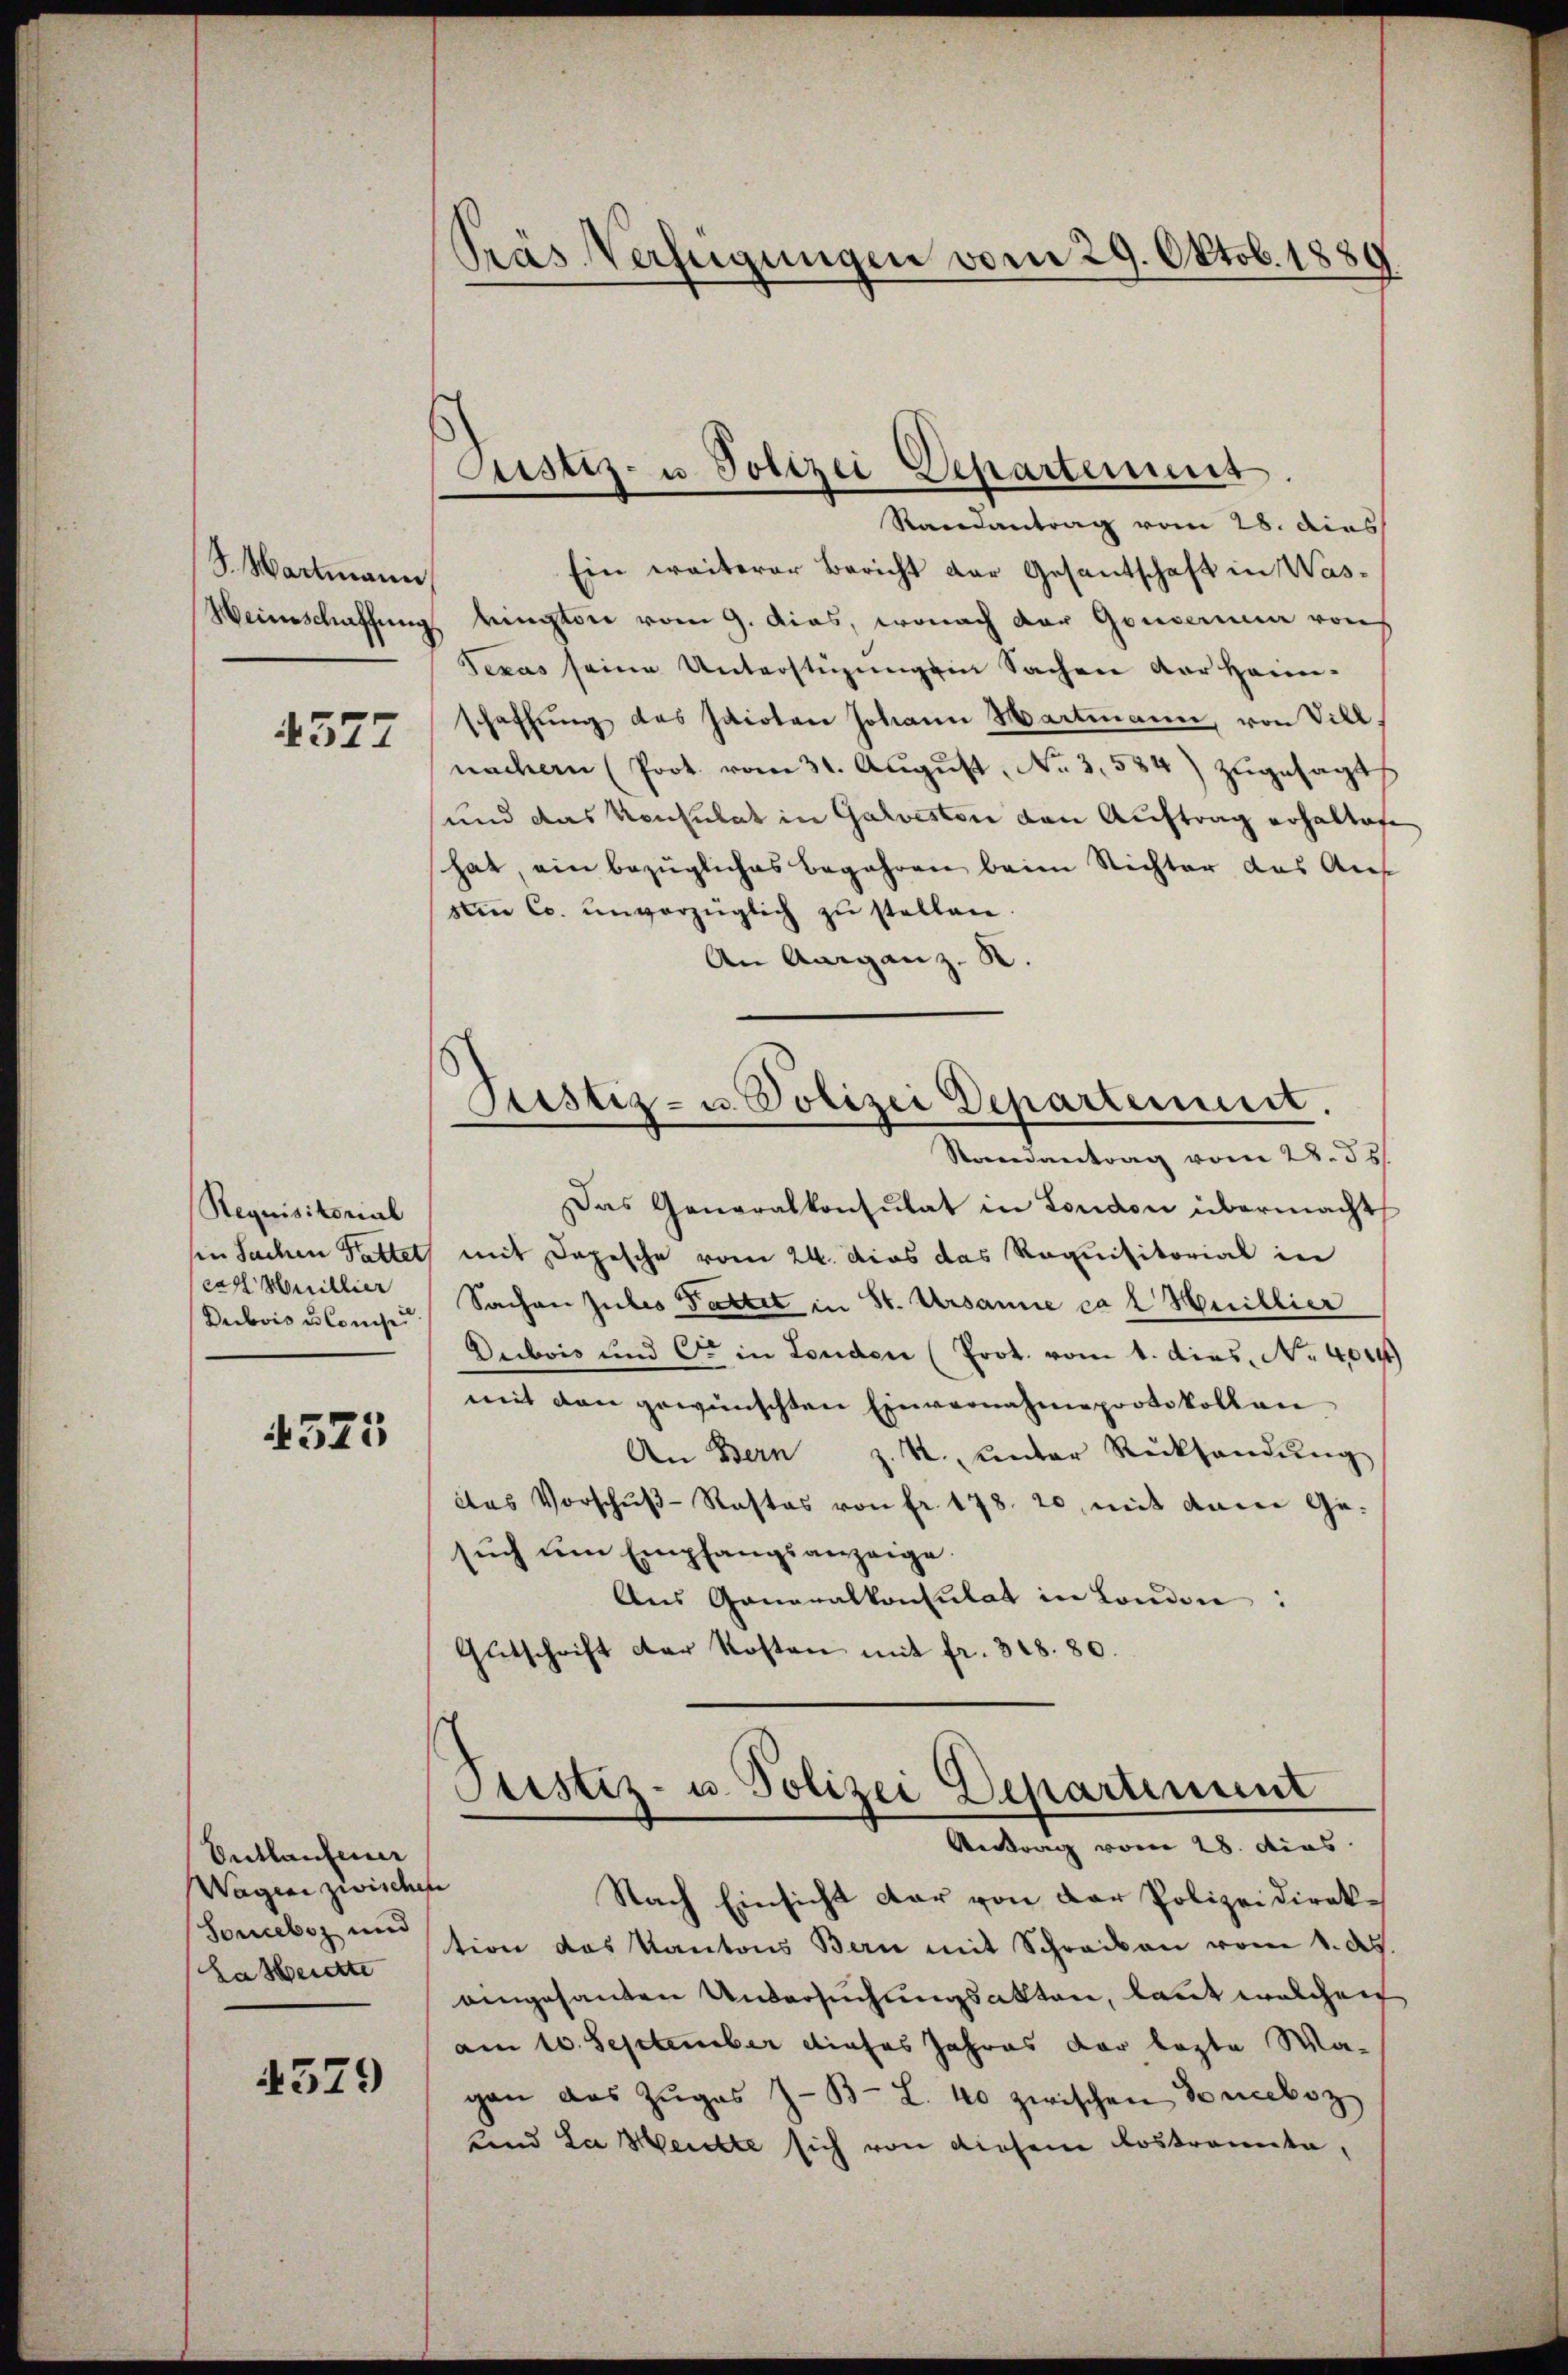
S. Hartmann
Heinschaffung

4577

Requisitorial
sin Sachen Fattet
carl Millier
Dubois u Conse

4523

Entlaufener
Wagen zwische
Sonceboz und
Lasberette

4529

Prás Verfügungen vom 29. Oktob. 1880

Justiz- u. Polizei Departenus.

Justiz- u. Polizei Departement.

Raisantrag vom 28. dies
Ein weiterer Bericht der Gesantschaft in Wasbington vom 9. das, wonach der Gouverne von
Texas seine Unterstüzungen Sachen der Haini-
schaffŭng des Idioten Johann Hartmann, von Vill
nachern (Prot. vom 31. Aŭgŭst No 3,584) zugesagt
und das Konsulat in Galveston den Auftrag erhaltafe
hat, ein bezügliches Begehren beim Richter das Auf
sten C. unverzüglich zŭ stellen.
An Aarganz
Randantrag vom 28. 35
Das Generalkonsulat in London übermacht
mit Depesche vom 24. dies das Requisitorial in
Sachen Jules Pattet in St. Ursanne ca 2 Huillier
Dubois und C. in Londen (Prot. vom 4. dies. No. 4014
mit den gewünschten Einvernahme protokollen
An Bern z. B. unter Rücksendŭng
das Vorschŭβ-Rastas von fr. 178. 20 mit dem Ge-
sŭch ŭm Empfangsanzeige.
Aus Generalkonsulat in London:
Gutschrift der Kosten mit fr. 318. 80.
Justiz- u. Polizei Departenunt
Antrag vom 28. dies
e
Nach Einsicht dar von der Polizeidirektion das Kantons Bern mit Schrecken vom 1. d.
eingesanten Untersuchungsakten, laut welchen
am 10. September dieses Jahres der lezte Wagan das Zŭgas z. B. L. 40 zwischen Soneboz
und da Weichte sich von diesem Lostronnte,